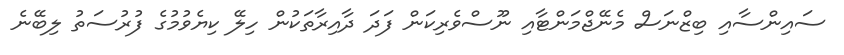
ސައިންސާއި ބިޒްނަސް މެނޭޖްމަންޓާއި ނޫސްވެރިކަން ފަދަ ދާއިރާތަކުން ހިލޭ ކިޔެވުމުގެ ފުރުސަތު ލިބޭނެ